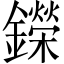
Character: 鑅